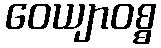
ဝေယျာဝစ္စ